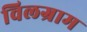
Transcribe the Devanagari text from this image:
विलग्राम